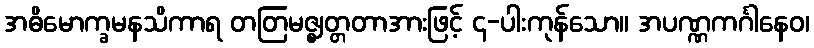
အဓိမောက္ခမနသိကာရ တတြမဇ္ဈတ္တတာအားဖြင့် ၄-ပါးကုန်သော။ အပဏ္ဏကင်္ဂါနေဝ၊